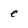
Character: e